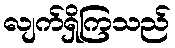
လျက်ရှိကြသည်